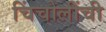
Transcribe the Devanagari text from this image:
चिंचोलींची